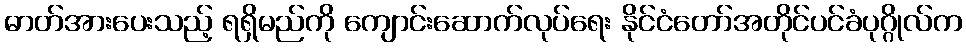
ဓာတ်အားပေးသည့် ရရှိမည်ကို ကျောင်းဆောက်လုပ်ရေး နိုင်ငံတော်အတိုင်ပင်ခံပုဂ္ဂိုလ်က